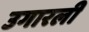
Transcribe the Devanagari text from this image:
उगारली